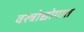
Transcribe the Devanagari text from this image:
वस्त्रोद्योगात